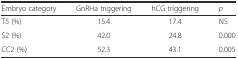
<table><thead><tr><td><b>Embryo category</b></td><td><b>GnRHa triggering</b></td><td><b>hCG triggering</b></td><td><b><i>p</i></b></td></tr></thead><tbody><tr><td>T5 (%)</td><td>15.4</td><td>17.4</td><td>NS</td></tr><tr><td>S2 (%)</td><td>42.0</td><td>24.8</td><td>0.000</td></tr><tr><td>CC2 (%)</td><td>52.3</td><td>43.1</td><td>0.005</td></tr></tbody></table>